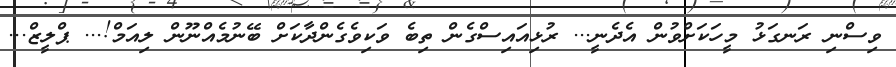
ވިސްނި ރަނގަޅު މީހަކަށްވުން އެދެނީ... ރުޅިއައިސްގެން ތިބެ ވަކިވެގެންދާކަށް ބޭނުމެއްނޫން ލިއަމް!... ޕްލީޒް...